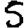
Digit: 5